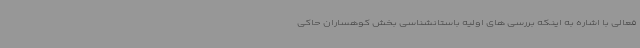
فعالی با اشاره به اینکه بررسی های اولیه باستانشناسی بخش کوهساران حاکی